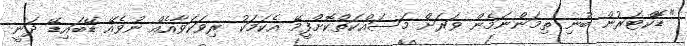
"ޑޮކްޓަރުން ބުނި ތިމަންނަމެން ވަރަށް މަސައްކަތްކޮށްފީމޭ އެކަމަކު ރިވަކަވާއެއް ނުވެއޭ ޑޭބައިޑޭ ދަނީ